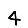
Digit: 4